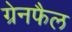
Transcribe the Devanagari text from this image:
ग्रेनफैल